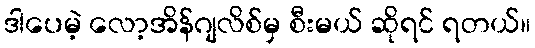
ဒါပေမဲ့ လော့အိန်ဂျလိစ်မှ စီးမယ် ဆိုရင် ရတယ်။